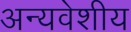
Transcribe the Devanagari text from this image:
अन्यवेशीय